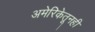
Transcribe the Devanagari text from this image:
अमेरिकेतूनही